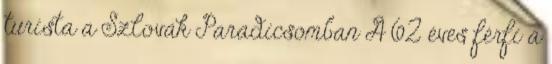
turista a Szlovák Paradicsomban A 62 éves férfi a